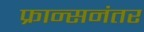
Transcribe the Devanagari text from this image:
फ्रान्सनंतर